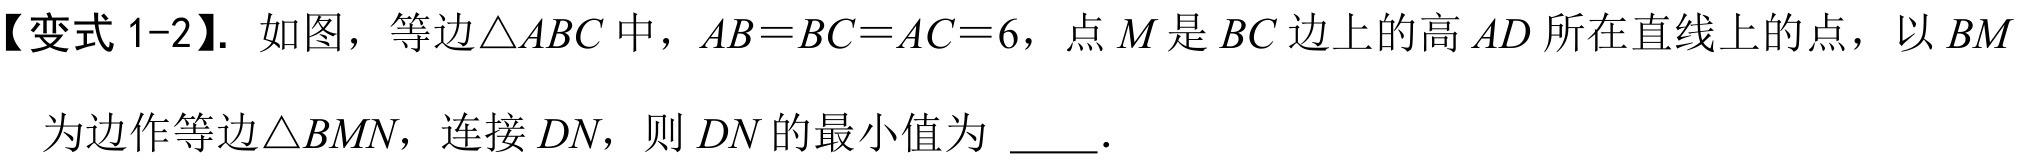
【变式 1-2】. 如图，等边\(\triangle ABC\)中，\(AB = BC = AC = 6\)，点\(M\)是\(BC\)边上的高\(AD\)所在直线上的点，以\(BM\)为边作等边\(\triangle BMN\)，连接\(DN\)，则\(DN\)的最小值为  ．